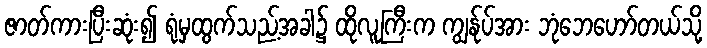
ဇာတ်ကားပြီးဆုံး၍ ရုံမှထွက်သည့်အခါ၌ ထိုလူကြီးက ကျွန်ုပ်အား ဘုံဘေဟော်တယ်သို့